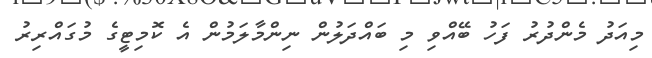
މިއަދު މެންދުރު ފަހު ބޭއްވި މި ބައްދަލުން ނިންމާލަމުން އެ ކޮމިިޓީގެ މުގައްރިރު